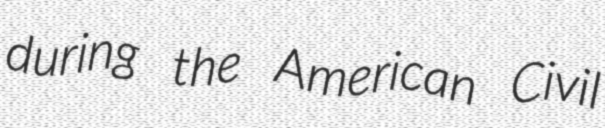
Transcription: during the American Civil